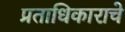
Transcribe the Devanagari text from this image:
प्रताधिकाराचे